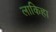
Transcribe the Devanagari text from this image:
लाकिहा